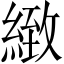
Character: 緻